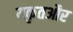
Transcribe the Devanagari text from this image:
यकृतऔर